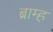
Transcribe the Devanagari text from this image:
ब्राम्ह